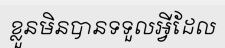
ខ្លួនមិនបានទទួលអ្វីដែល